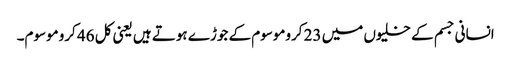
انسانی جسم کے خلیوں میں 23 کروموسوم کے جوڑے ہوتے ہیں یعنی کل 46 کروموسوم۔